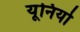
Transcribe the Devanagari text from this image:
यूनियो